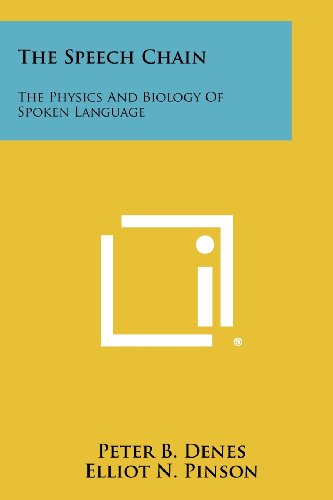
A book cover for The Speech Chain: The Physics And Biology Of Spoken Language; Peter B. Denes; Literature & Fiction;